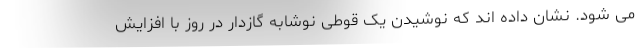
می شود. نشان داده اند که نوشیدن یک قوطی نوشابه گازدار در روز با افزایش